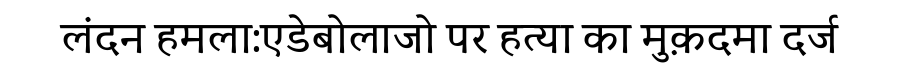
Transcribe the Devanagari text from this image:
लंदन हमला:एडेबोलाजो पर हत्या का मुक़दमा दर्ज